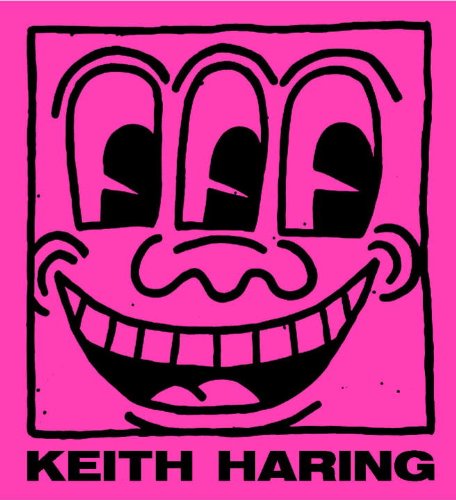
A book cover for Keith Haring; Jeffrey Deitch; Arts & Photography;